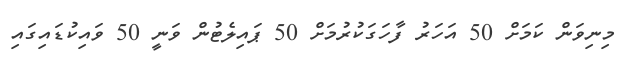
މިނިވަން ކަމަށް 50 އަހަރު ފާހަގަކުރުމަށް 50 ޕައިލެޓުން ވަނީ 50 ވައިކުޑައިގައި